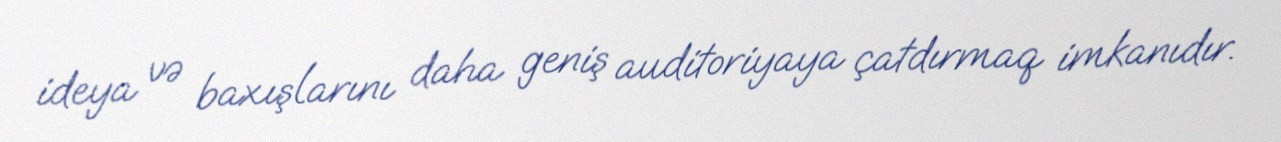
ideya və baxışlarını daha geniş auditoriyaya çatdırmaq imkanıdır.